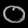
Digit: ၀